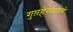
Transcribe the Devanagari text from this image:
गुप्तहेरांप्रमणे